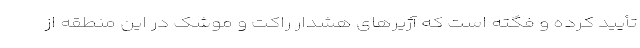
تأیید کرده و فگته است که آژیرهای هشدار راکت و موشک در این منطقه از